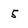
Character: 5